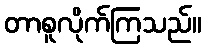
တာစူလိုက်ကြသည်။